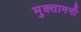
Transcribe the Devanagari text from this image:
मुक्तामनी